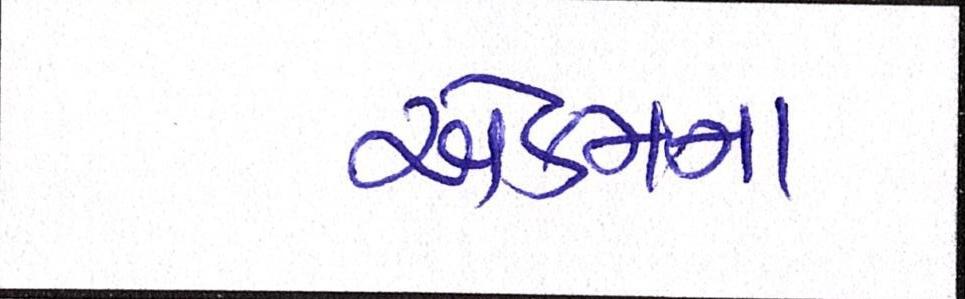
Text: એકમના